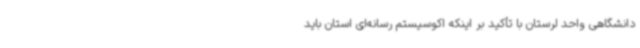
دانشگاهی واحد لرستان با تأکید بر اینکه اکوسیستم رسانه‌ای استان باید